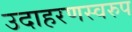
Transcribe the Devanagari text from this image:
उदाहरणस्‍वरुप